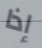
إذا